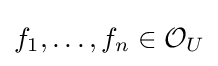
f_{1},\ldots ,f_{n}\in {\mathcal {O}}_{U}